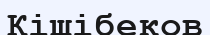
Кішібеков